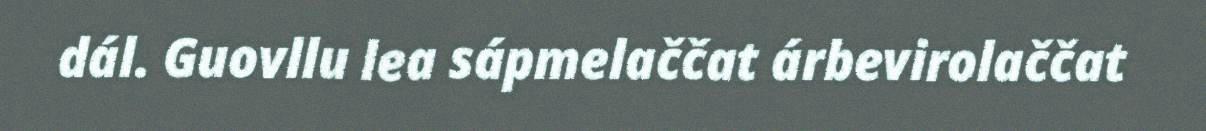
dál. Guovllu lea sápmelaččat árbevirolaččat